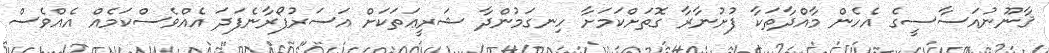
ޤާނޫނުއަސާސީގެ އެހެން މާއްދާތަކާ ފުށުނާރާ ގޮތަށްކަމަށާ ހިނގަމުންދާ ޝަރީޢަތަކަށް އަސަރުފޯރާނެފަދަ އެއްވެސްކަމެއް އެއްވެސް